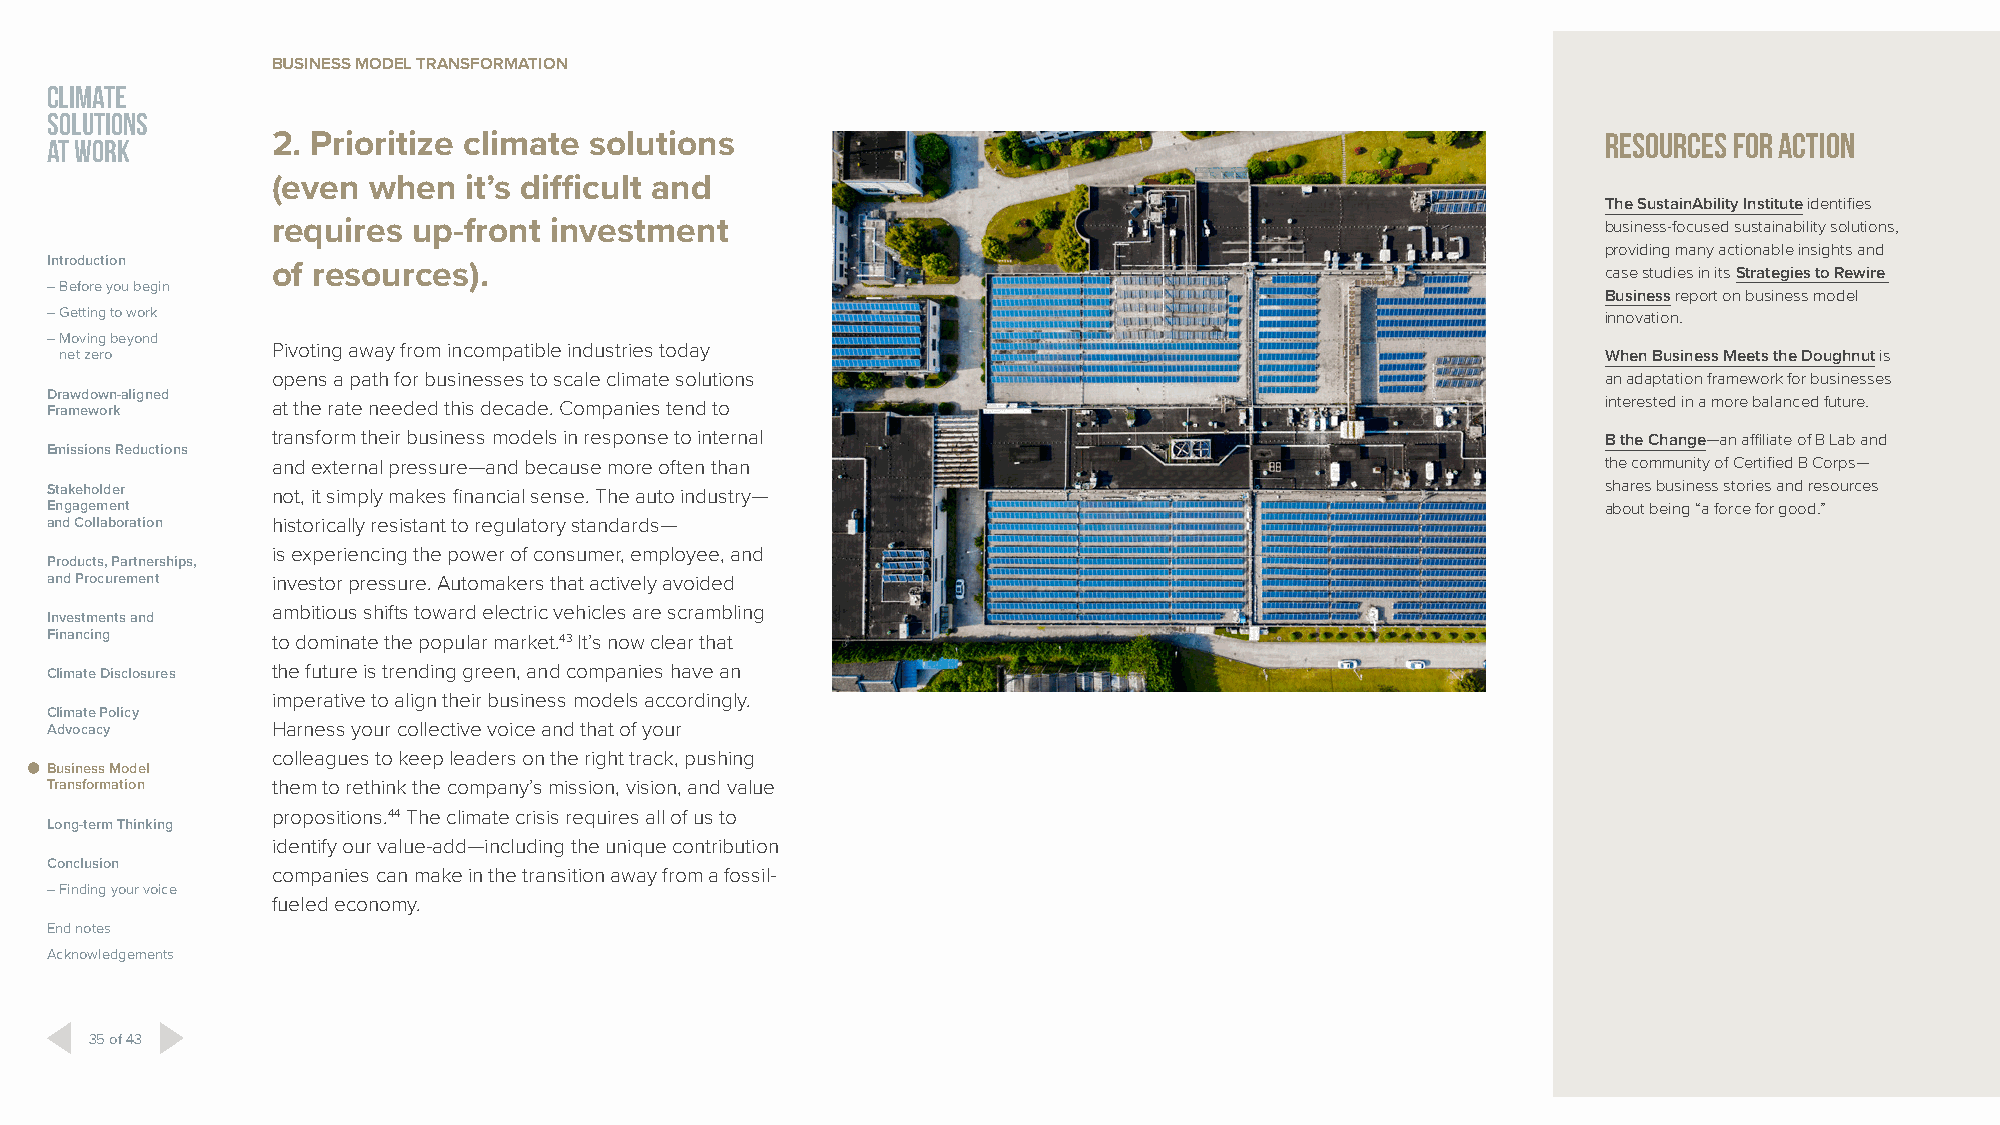
BUSINESS MODEL TRANSFORMATION
 CLIMATE
 SOLUTIONS
 AT WORK        2. Prioritize climate solutions                                                         Resources for action
 (even when   it’s difficult and
 The SustainAbility Institute identifies
 requires up-front investment                                                            business-focused sustainability solutions,
 providing many actionable insights and
 Introduction
 of resources).                                                                          case studies in its Strategies to Rewire
 – Before you begin
 Business report on business model
 – Getting to work                                                                                      innovation.
 – Moving beyond
 Pivoting away from incompatible industries today
 net zero                                                                                              When Business Meets the Doughnut is
 opens a path for businesses to scale climate solutions                                  an adaptation framework for businesses
 Drawdown-aligned
 Framework      at the rate needed this decade. Companies tend to                                       interested in a more balanced future.
 transform their business models in response to internal                                 B the Change—an affiliate of B Lab and
 Emissions Reductions
 and external pressure—and because more often than                                       the community of Certified B Corps—
 Stakeholder    not, it simply makes financial sense. The auto industry—                                shares business stories and resources
 Engagement                                                                                             about being “a force for good.”
 and Collaboration historically resistant to regulatory standards—
 is experiencing the power of consumer, employee, and
 Products, Partnerships,
 and Procurement investor pressure. Automakers that actively avoided
 ambitious shifts toward electric vehicles are scrambling
 Investments and
 Financing      to dominate the popular market.43 It’s now clear that
 Climate Disclosures the future is trending green, and companies have an
 imperative to align their business models accordingly.
 Climate Policy
 Advocacy       Harness your collective voice and that of your
 colleagues to keep leaders on the right track, pushing
 Business Model
 Transformation them to rethink the company’s mission, vision, and value
 propositions.44 The climate crisis requires all of us to
 Long-term Thinking
 identify our value-add—including the unique contribution
 Conclusion
 companies can make in the transition away from a fossil-
 – Finding your voice
 fueled economy.
 End notes
 Acknowledgements
 35 of 43